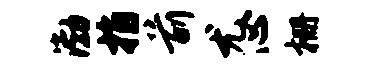
渤指前尤心栅